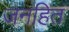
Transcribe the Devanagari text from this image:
जनहितं